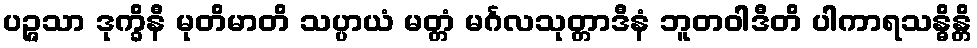
ပဉ္ဇသာ ဒုက္ခိနီ မုတိမာတိ သပ္ပာယံ မတ္တံ မင်္ဂလသုတ္တာဒီနံ ဘူတဝါဒီတိ ပါကာရသန္ဓိန္တိ